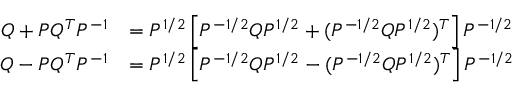
\begin{array} { r l } { Q + P Q ^ { T } P ^ { - 1 } } & { = P ^ { 1 / 2 } \left[ P ^ { - 1 / 2 } Q P ^ { 1 / 2 } + ( P ^ { - 1 / 2 } Q P ^ { 1 / 2 } ) ^ { T } \right] P ^ { - 1 / 2 } } \\ { Q - P Q ^ { T } P ^ { - 1 } } & { = P ^ { 1 / 2 } \left[ P ^ { - 1 / 2 } Q P ^ { 1 / 2 } - ( P ^ { - 1 / 2 } Q P ^ { 1 / 2 } ) ^ { T } \right] P ^ { - 1 / 2 } } \end{array}